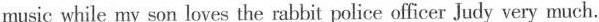
music while my son loves the rabbit police officer Judy very much.